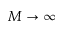
M \to \infty